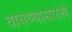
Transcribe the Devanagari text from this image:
वाचण्यासारखे